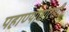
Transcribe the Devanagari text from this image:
पहाण्यासारखीं